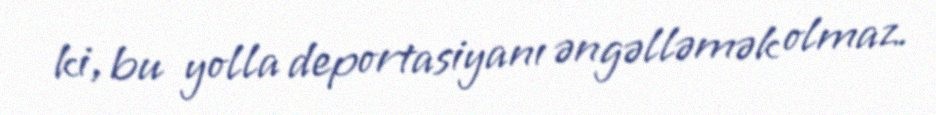
ki, bu yolla deportasiyanı əngəlləmək olmaz.